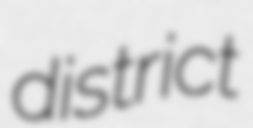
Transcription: district